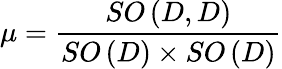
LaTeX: \mu=\frac{SO\left(D,D\right)}{SO\left(D\right)\times SO\left(D\right)}